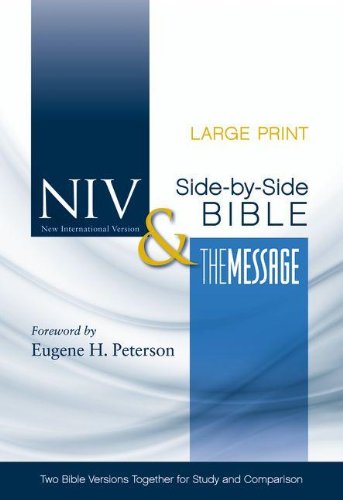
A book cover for NIV and The Message Side-by-Side Bible, Large Print: Two Bible Versions Together for Study and Comparison; Zondervan; Christian Books & Bibles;